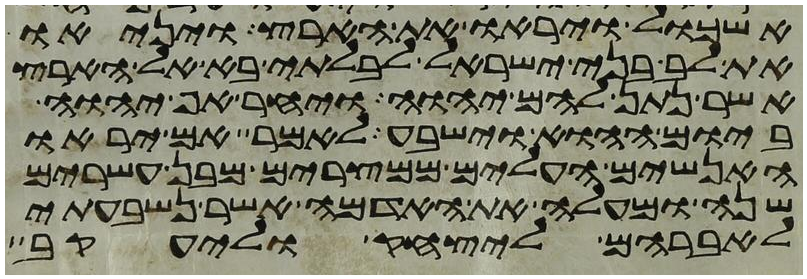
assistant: אשכול ויראו את הארץ ויניאו
את לב בני ישראל לבלתי בא אל הארץ
אשר נתן להם יהוה ויחר אף יהוה
ביום ההוא וישבע לאמר אם יראו
האנשים העלים ממצרים מבן עשרים
שנה ומעלה את האדמה אשר נשבעתי
לאברהם ליצחק וליעקב